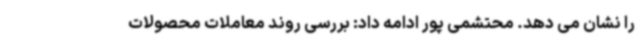
را نشان می دهد. محتشمی پور ادامه داد: بررسی روند معاملات محصولات